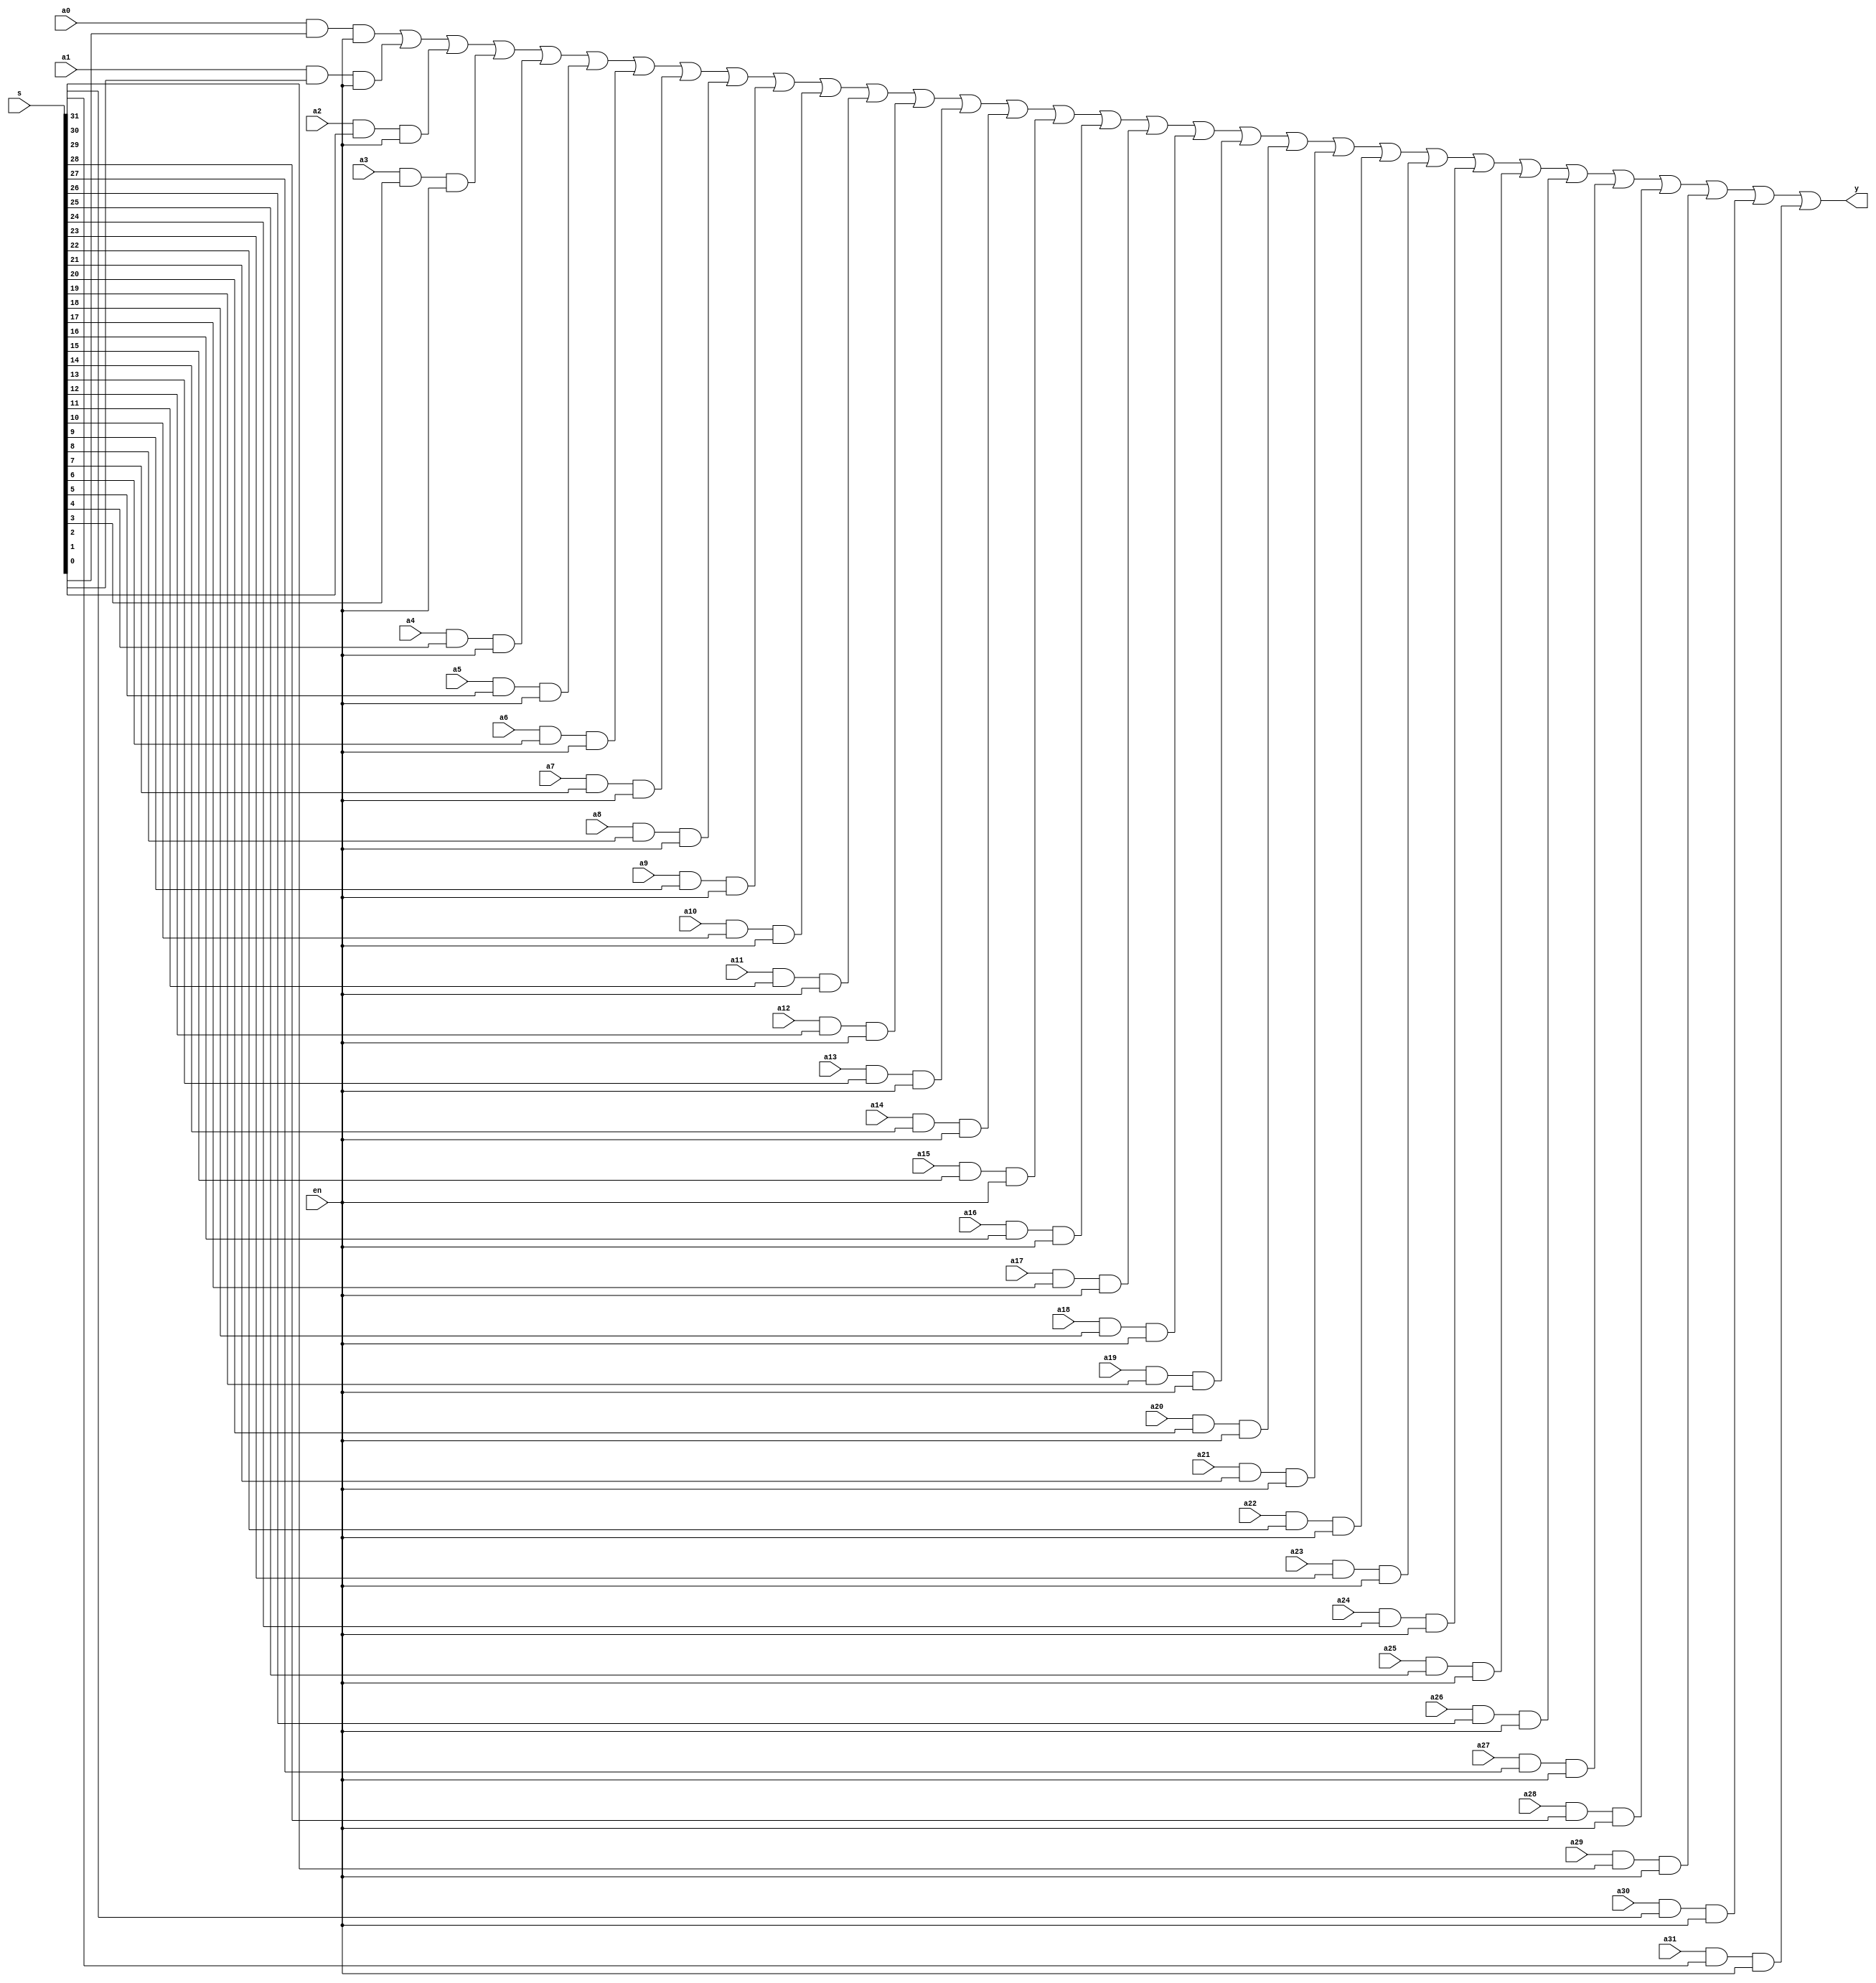
`timescale 1ns / 1ps
//////////////////////////////////////////////////////////////////////////////////
// Company: 
// Engineer: 
// 
// Design Name: 
// Module Name: MUX32X1
// Project Name: 
// Target Devices: 
// Tool Versions: 
// Description: 
// 
// Dependencies: 
// 
// Revision:
// Revision 0.01 - File Created
// Additional Comments:
// 
//////////////////////////////////////////////////////////////////////////////////


module MUX32X1(s,en,a0,a1,a2,a3,a4,a5,a6,a7,a8,a9,a10,a11,a12,a13,a14,a15,a16,a17,a18,a19,a20,a21,a22,a23,a24,a25,a26,a27,a28,a29,a30,a31,y);
    input [31:0]s;
    input en;
    input a31,a30,a29,a28,a27,a26,a25,a24,a23,a22,a21,a20,a19,a18,a17,a16,a15,a14,a13,a12,a11,a10,a9,a8,a7,a6,a5,a4,a3,a2,a1,a0;
    output y;
    and and31 (d31,a31,s[31],en);
    and and30 (d30,a30,s[30],en);
    and and29 (d29,a29,s[29],en);
    and and28 (d28,a28,s[28],en);
    and and27 (d27,a27,s[27],en);
    and and26 (d26,a26,s[26],en);
    and and25 (d25,a25,s[25],en);
    and and24 (d24,a24,s[24],en);
    and and23 (d23,a23,s[23],en);
    and and22 (d22,a22,s[22],en);
    and and21 (d21,a21,s[21],en);
    and and20 (d20,a20,s[20],en);
    and and19 (d19,a19,s[19],en);
    and and18 (d18,a18,s[18],en);
    and and17 (d17,a17,s[17],en);
    and and16 (d16,a16,s[16],en);
    and and15 (d15,a15,s[15],en);
    and and14 (d14,a14,s[14],en);
    and and13 (d13,a13,s[13],en);
    and and12 (d12,a12,s[12],en);
    and and11 (d11,a11,s[11],en);
    and and10 (d10,a10,s[10],en);
    and and9 (d9,a9,s[9],en);
    and and8 (d8,a8,s[8],en);
    and and7 (d7,a7,s[7],en);
    and and6 (d6,a6,s[6],en);
    and and5 (d5,a5,s[5],en);
    and and4 (d4,a4,s[4],en);
    and and3 (d3,a3,s[3],en);
    and and2 (d2,a2,s[2],en);
    and and1 (d1,a1,s[1],en);
    and and0 (d0,a0,s[0],en);
    or (y,d0,d1,d2,d3,d4,d5,d6,d7,d8,d9,d10,d11,d12,d13,d14,d15,d16,d17,d18,d19,d20,d21,d22,d23,d24,d25,d26,d27,d28,d29,d30,d31);
endmodule